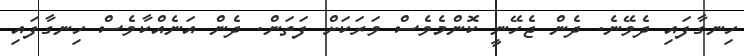
ހިނގާފައި ދެވޭނެ. ދެން ޖެހޭނީ ކޮންމެވެސް ވަރަަކަށް ފަތަން. ދެން އަނެއްކާވެސް ހިނގާފައި